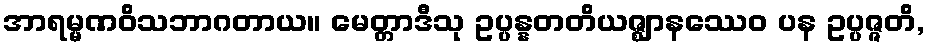
အာရမ္မဏဝိသဘာဂတာယ။ မေတ္တာဒီသု ဥပ္ပန္နတတိယဇ္ဈာနဿေဝ ပန ဥပ္ပဇ္ဇတိ,